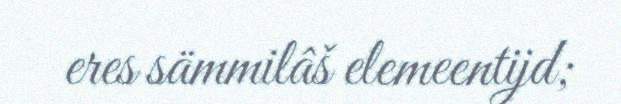
eres sämmilâš elemeentijd;